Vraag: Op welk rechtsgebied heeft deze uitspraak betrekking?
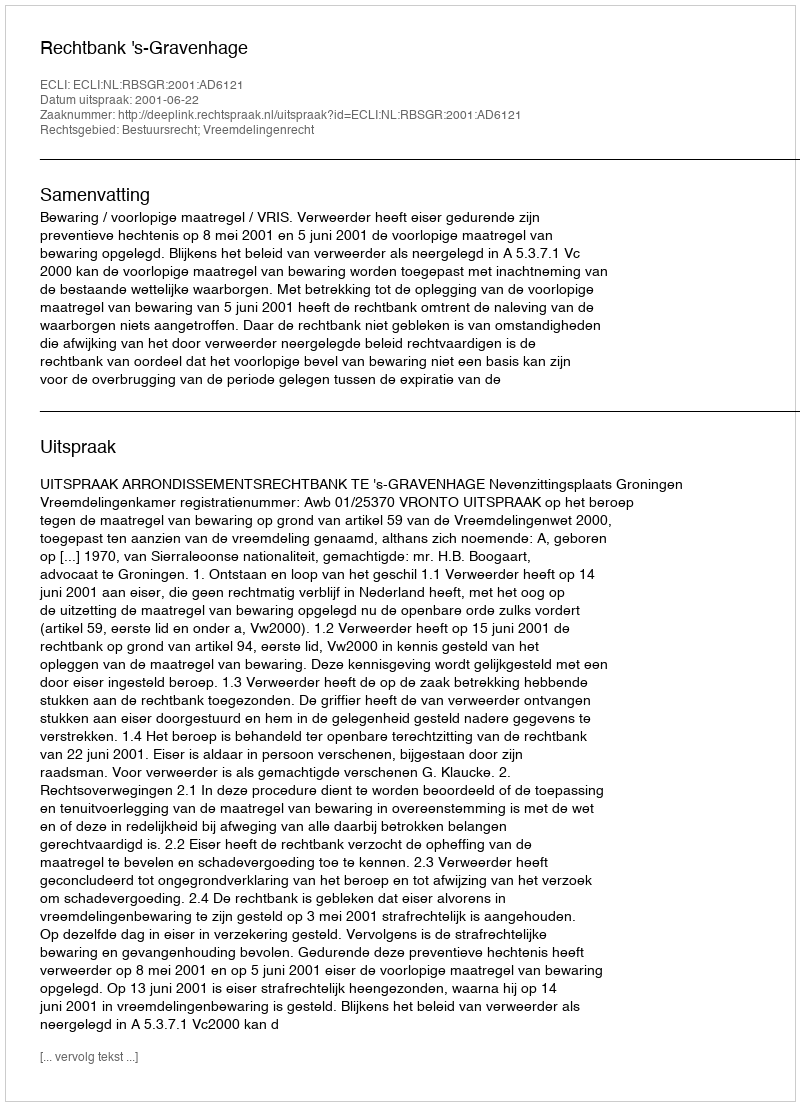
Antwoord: Bestuursrecht; Vreemdelingenrecht